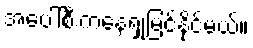
အပေါ်စီးကနေရှုမြင်နိုင်မယ်။